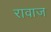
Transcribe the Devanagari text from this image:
रावाज